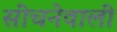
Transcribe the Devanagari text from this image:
सींचनेवाली